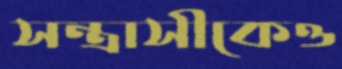
সন্ত্রাসীকেও